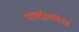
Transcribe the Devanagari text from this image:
शब्दोल्लेख